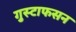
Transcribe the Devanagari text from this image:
गुस्टाफसन